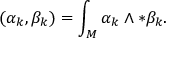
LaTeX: ( \alpha _ { k } , \beta _ { k } ) = \int _ { M } \alpha _ { k } \wedge * \beta _ { k } .